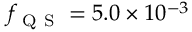
f _ { \mathrm { ~ Q ~ S ~ } } = 5 . 0 \times 1 0 ^ { - 3 }